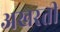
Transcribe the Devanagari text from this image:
अखरती